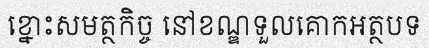
ខ្នោះសមត្ថកិច្ច នៅខណ្ឌទួលគោកអត្ថបទ